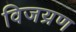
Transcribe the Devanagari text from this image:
विजय्रण